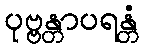
ပုဗ္ဗန္တာပရန္တံ